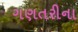
ગણતરીના